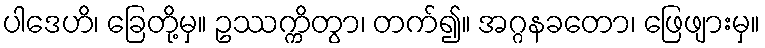
ပါဒေဟိ၊ ခြေတို့မှ။ ဥဿက္ကိတွာ၊ တက်၍။ အဂ္ဂနခတော၊ ဖြေဖျားမှ။